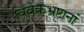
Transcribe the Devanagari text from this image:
विवेकभ्रष्टानां